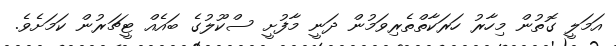
އަމަލީ ގޮތުން މިހާރު ހަރަކާތްތެރިވަމުން ދަނީ މާފުށީ ސްކޫލުގެ ބައެއް ޓީޗަރުން ކަމަށެވެ.